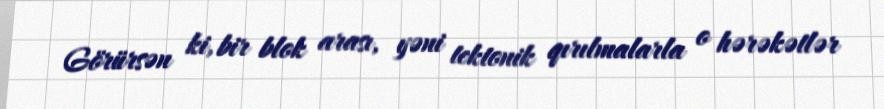
Görürsən ki, bir blok arası, yəni tektonik qırılmalarla o hərəkətlər